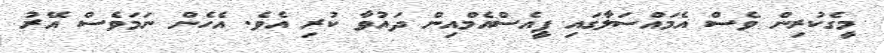
މީގެކުރިން ވެސް އެމައްސަލާގައި ޕީއެސްއެމްއިން ދައުވާ ކުރި އެވެ. އެހެން ނަމަވެސް އޭރު